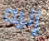
إليه